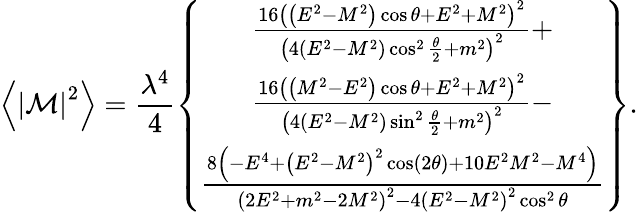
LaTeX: \left\langle\left\vert\mathcal{M}\right\vert^{2}\right\rangle=\frac{\lambda^{4}}{4}\left\{ \begin{array}{c}{\frac{16\left(\left(E^{2}-M^{2}\right)\cos\theta+E^{2}+M^{2}\right)^{2}}{\left(4\left(E^{2}-M^{2}\right)\cos^{2}\frac{\theta}{2}+m^{2}\right)^{2}}+}\\ {\frac{16\left(\left(M^{2}-E^{2}\right)\cos\theta+E^{2}+M^{2}\right)^{2}}{\left(4\left(E^{2}-M^{2}\right)\sin^{2}\frac{\theta}{2}+m^{2}\right)^{2}}-}\\ {\frac{8\left(-E^{4}+\left(E^{2}-M^{2}\right)^{2}\cos(2\theta)+10E^{2}M^{2}-M^{4}\right)}{\left(2E^{2}+m^{2}-2M^{2}\right)^{2}-4\left(E^{2}-M^{2}\right)^{2}\cos^{2}\theta}}\end{array}\right\} .